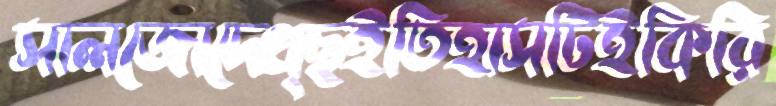
সালজোদেখ্ছইতিহাসটিইকিরি